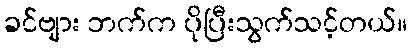
ခင်ဗျား ဘက်က ပိုပြီးသွက်သင့်တယ်။